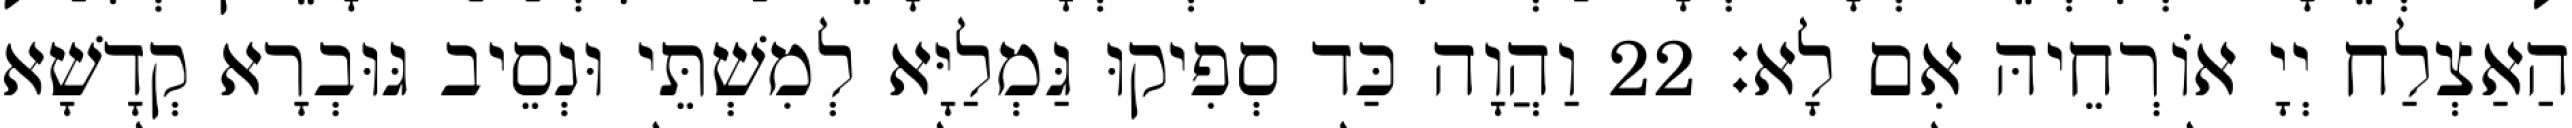
הַאַצְלַח יְיָ אוֹרְחֵיהּ אִם לָא׃ 22 וַהֲוָה כַּד סְפִיקוּ גַּמְלַיָּא לְמִשְׁתֵּי וּנְסֵיב גּוּבְרָא קְדָשָׁא